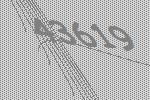
43619